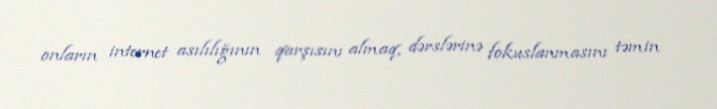
onların internet asılılığının qarşısını almaq, dərslərinə fokuslanmasını təmin